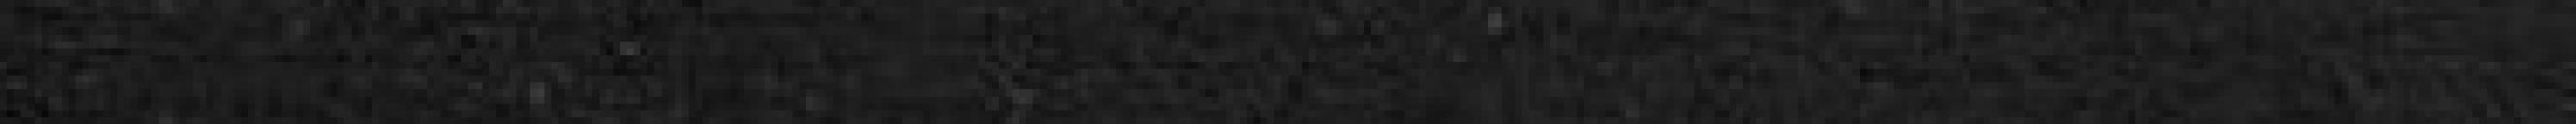
_